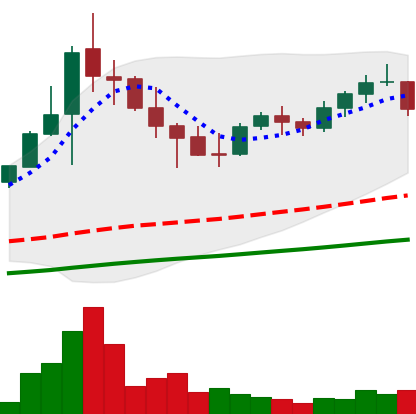
Ticker: NEO-USD
Chart end date: 2021-05-04
Forward return: 23.385%
Label: up_7plus